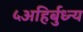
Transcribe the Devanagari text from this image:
५अहिर्बुध्न्य